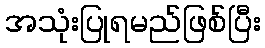
အသုံးပြုရမည်ဖြစ်ပြီး